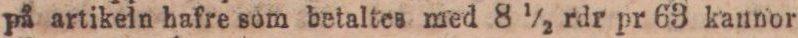
på artikeln hafre som betaltes med 8 ½ rdr pr 63 kannor